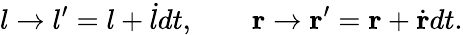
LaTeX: l\to l^{\prime}=l+{\dot{l}}dt,\qquad{\mathbf r}\to{\mathbf r}^{\prime}={\mathbf r}+\dot{\mathbf r}dt.